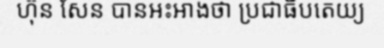
ហ៊ុន សែន បានអះអាងថា ប្រជាធិបតេយ្យ